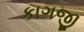
કાગજી